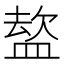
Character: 𭾈